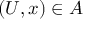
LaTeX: ( U , x ) \in A